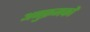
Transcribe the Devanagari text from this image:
अनुक्रमकों